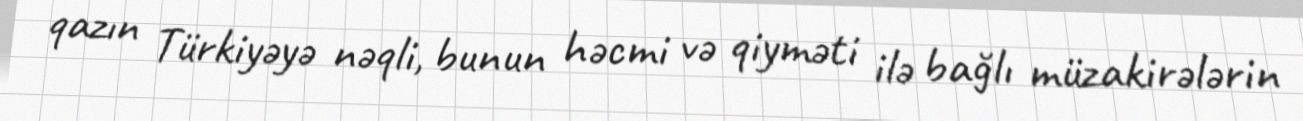
qazın Türkiyəyə nəqli, bunun həcmi və qiyməti ilə bağlı müzakirələrin